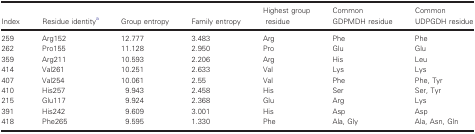
| Index | Residue identitya | Group entropy | Family entropy | Highest group residue | Common GDPMDH residue | Common UDPGDH residue |
 | --- | --- | --- | --- | --- | --- | --- |
 | 259 | Arg152 | 12.777 | 3.483 | Arg | Phe | Phe |
 | 262 | Pro155 | 11.128 | 2.950 | Pro | Glu | Glu |
 | 359 | Arg211 | 10.593 | 2.206 | Arg | His | Leu |
 | 414 | Val261 | 10.251 | 2.633 | Val | Lys | Lys |
 | 407 | Val254 | 10.061 | 2.55 | Val | Phe | Phe, Tyr |
 | 410 | His257 | 9.943 | 2.458 | His | Ser | Ser, Tyr |
 | 215 | Glu117 | 9.924 | 2.368 | Glu | Arg | Lys |
 | 391 | His242 | 9.609 | 3.001 | His | Asp | Asp |
 | 418 | Phe265 | 9.595 | 1.330 | Phe | Ala, Gly | Ala, Asn, Gln |